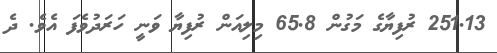
251.13 ރުފިޔާގެ މަގުން 65.8 މިލިއަން ރުފިޔާ ވަނީ ހަރަދުވެފަ އެވެ. ދެ